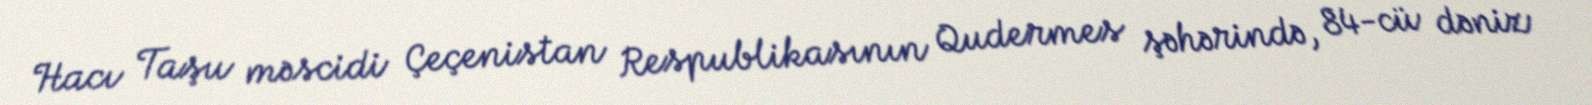
Hacı Taşu məscidi Çeçenistan Respublikasının Qudermes şəhərində, 84-cü dəniz